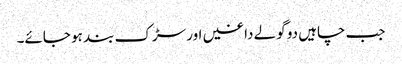
جب چاہیں دو گولے داغیں اور سڑک بند ہو جائے۔